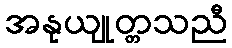
အနုယျုတ္တသညီ